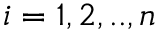
i = 1 , 2 , . . , n